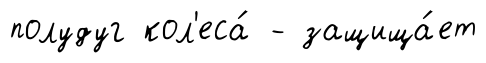
полудуг кол'еса́ - защища́ет